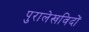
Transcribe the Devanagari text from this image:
पुरालेखविदों